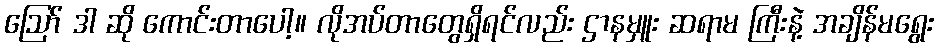
ဪ ဒါ ဆို ကောင်းတာပေါ့။ လိုအပ်တာတွေရှိရင်လည်း ဌာနမှူး ဆရာမ ကြီးနဲ့ အချိန်မရွေး